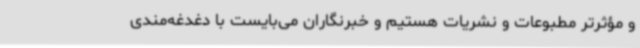
و مؤثرتر مطبوعات و نشریات هستیم و خبرنگاران می‌بایست با دغدغه‌مندی